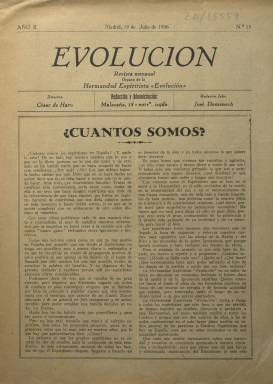
Título: Evolución (Madrid)
Colección: Espiritismo
Ámbito geográfico: Madrid
Lugar de publicación: Madrid
Fechas: 15/07/1936-15/07/1936

La colección de este título en la Biblioteca Nacional de Española sólo la forma su número 15, del 15 de julio de 1936. Indica su segundo año de edición, por lo que, siendo una “revista mensual”, pudo comenzar a publicarse en 1935. Su director, César de Haro, y su redactor-jefe, José Domenech Vidal (Elías), eran el presidente y vicepresidente de la Hermandad Espiritista Evolución, respectivamente, de la que era órgano de esta sociedad que tenía su “taller” en la calle Malasaña, de Madrid, y había sido fundada en 1934. Es una entrega de una docena de páginas, compuestas a dos columnas, con textos relativos al espiritismo, cuyo máximo exponente había sido Allan Kardec (1804-1869). Los principales autores de sus textos son los “hermanos” ya citados, tal como se reconocen los seguidores de este movimiento. Entre estos aparecen los titulados Ecos del más allá, y el poema El enojo, firmado por César de Haro; y Panoramas de la creación infinita: reencarnación, firmado por José Domenech; así como el escrito por el médium Ernesto Pérez Méndez, bajo el epígrafe Desde el más allá. También publica un folletín con el título Impresiones del verdadero vivir; y se anuncia la colaboración de José María Seseras y de Batlle, que había presidido la organización del V Congreso Internacional Espiritista, celebrado en Barcelona en 1934, quien publica un texto bajo el epígrafe El espiritismo y la sociología.